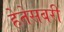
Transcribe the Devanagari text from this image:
हेतेसबरी